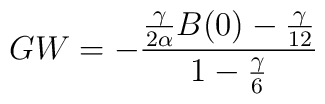
GW=-\frac{\frac{\gamma}{2 \alpha} B(0)-{\gamma\over 12}}{1-{\gamma\over 6}}